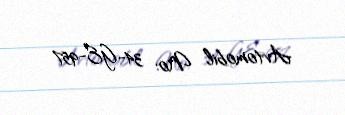
Avtomobil №: 34-GE-957